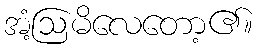
အံ့ဩမိလေတော့၏။